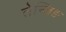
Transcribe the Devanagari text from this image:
तेन्जिङ